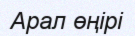
Арал өңірі